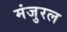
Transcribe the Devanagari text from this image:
मंजुरल